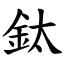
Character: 鈦